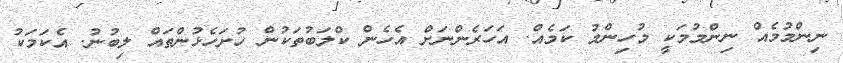
ނިންމުމެއް ނިންމުމަކީ މުހިންމު ކަމެއް. އަހަރެންނަށް އެހެން ކްލަބުތަކުން ހުށަހެޅުންތައް ލިބުނު. އެކަމަކު